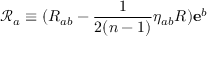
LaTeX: \mathcal { R } _ { a } \equiv ( R _ { a b } - \frac { 1 } { 2 ( n - 1 ) } \eta _ { a b } R ) \mathbf { e } ^ { b }